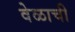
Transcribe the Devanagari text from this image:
वेळाची